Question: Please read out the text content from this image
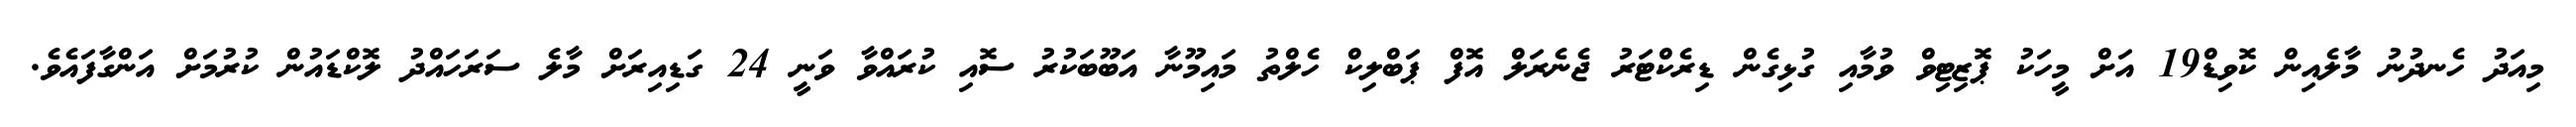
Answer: މިއަދު ހެނދުނު މާލެއިން ކޮވިޑް19 އަށް މީހަކު ޕޮޒިޓިވް ވުމާއި ގުޅިގެން ޑިރެކްޓަރު ޖެނެރަލް އޮފް ޕަބްލިކް ހެލްތު މައިމޫނާ އަބޫބަކުރު ސޮއި ކުރައްވާ ވަނީ 24 ގަޑިއިރަށް މާލެ ސަރަހައްދު ލޮކްޑައުން ކުރުމަށް އަންގާފައެވެ.